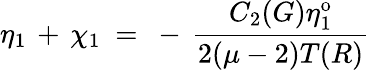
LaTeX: \eta_{1}\, +\, \chi_{1}~=~-\, \frac{C_{2}(G)\eta_{1}^{\mathrm{o}}}{2(\mu-2)T(R)}